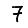
Digit: 7